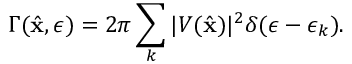
\Gamma ( \hat { \mathbf { x } } , \epsilon ) = 2 \pi \sum _ { k } | V ( \hat { \mathbf { x } } ) | ^ { 2 } \delta ( \epsilon - \epsilon _ { k } ) .